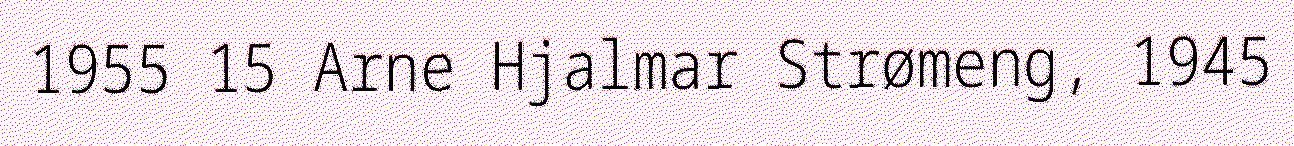
1955 15 Arne Hjalmar Strømeng, 1945